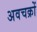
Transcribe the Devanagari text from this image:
अवचक्रों